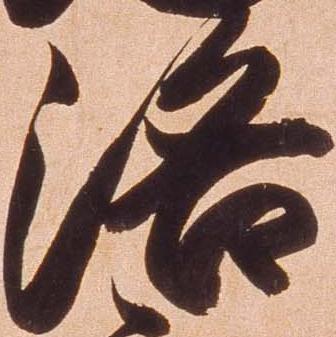
洛